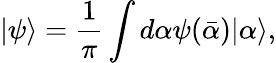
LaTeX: |\psi\rangle=\frac{1}{\pi}\int d\alpha\psi(\bar{\alpha})|\alpha\rangle,